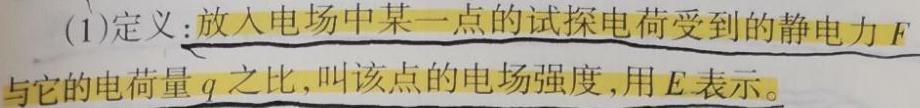
(1)定义：放入电场中某一点的试探电荷受到的静电力$F$与它的电荷量$q$之比，叫该点的电场强度，用$E$表示。